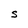
Character: S